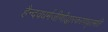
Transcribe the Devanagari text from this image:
हैन्दवधर्मजीर्णोद्धारकरणघृतमति